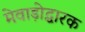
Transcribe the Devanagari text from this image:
मेवाड़ोद्धारक